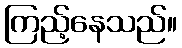
ကြည့်နေသည်။